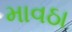
માવઠા